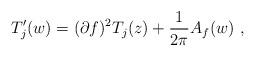
LaTeX: \begin{align*}T'_j(w)=(\partial f)^2 T_j(z)+{1 \over 2\pi} A_f(w)~,\end{align*}